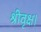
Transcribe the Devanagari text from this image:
श्रीवृक्ष।